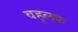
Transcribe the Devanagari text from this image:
वहुलक